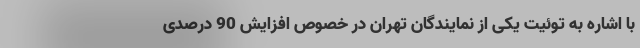
با اشاره به توئیت یکی از نمایندگان تهران در خصوص افزایش 90 درصدی